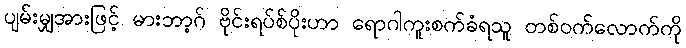
ပျမ်းမျှအားဖြင့် မားဘာ့ဂ် ဗိုင်းရပ်စ်ပိုးဟာ ရောဂါကူးစက်ခံရသူ တစ်ဝက်လောက်ကို